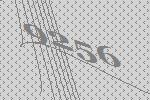
9256